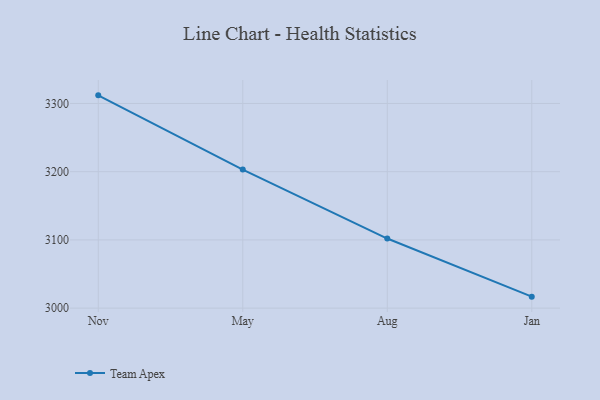
{"axis": {"x": "Month", "y": "Conversion Rate (%)"}, "legend": ["Team Apex"], "data": [{"x": "Nov", "y": 3311.9, "type": "Team Apex"}, {"x": "May", "y": 3203.1, "type": "Team Apex"}, {"x": "Aug", "y": 3102.0, "type": "Team Apex"}, {"x": "Jan", "y": 3016.8, "type": "Team Apex"}]}